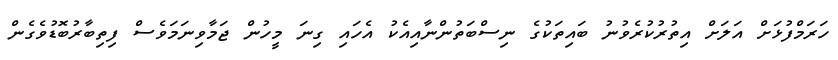
ހަރަމްފުޅަށް އަލަށް އިތުރުކުރެވުނު ބައިތަކުގެ ނިސްބަތުންނާއިއެކު އެހައި ގިނަ މީހުން ޖަމާވިނަމަވެސް ފިތިބާރުބޮޑުވެގެން